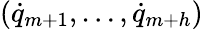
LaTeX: ({\dot{q}}_{m+1},\dots,{\dot{q}}_{m+h})